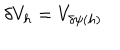
LaTeX: \delta V _ { h } = V _ { \delta \psi ( h ) }